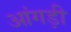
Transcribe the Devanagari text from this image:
आंगड़ी